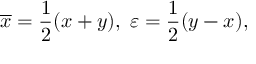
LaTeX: \overline { { { x } } } = \frac 1 2 ( x + y ) , \; \varepsilon = \frac 1 2 ( y - x ) ,